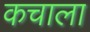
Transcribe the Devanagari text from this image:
कचाला